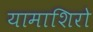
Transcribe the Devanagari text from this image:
यामाशिरो